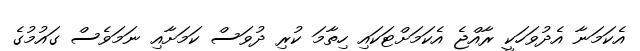
އެކަމަނާ އެދުވަހަކީ ރާއްޖެ އެކަމަށްޓަކައި ހިތާމަ ކުރި ދުވަސް ކަމަށާއި ނަމަވެސް ގައުމުގެ